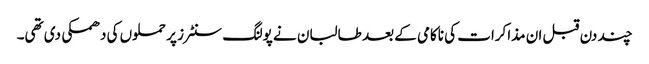
چند دن قبل ان مذاکرات کی ناکامی کے بعد طالبان نے پولنگ سنٹرز پر حملوں کی دھمکی دی تھی۔